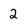
Character: 2